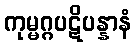
ကုမ္မဂ္ဂပဋိပန္နာနံ